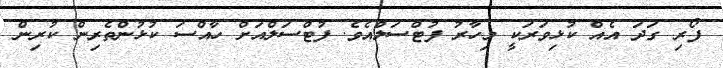
ފޯރި ގަދަ އެއް ކުޅިވަރަކީ މިހާރު ފުޓްސަލްއެވެ. ފުޓްސަލްއަށް ހާއްސަ ކުޅުންތެރިން ކުރިން